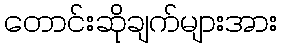
တောင်းဆိုချက်များအား